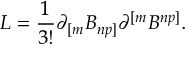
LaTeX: L = { \frac { 1 } { 3 ! } } \partial _ { [ m } B _ { n p ] } \partial ^ { [ m } B ^ { n p ] } .